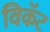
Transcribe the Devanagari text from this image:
विकॅट